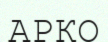
АРКО